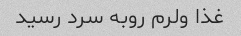
غذا ولرم روبه سرد رسید